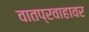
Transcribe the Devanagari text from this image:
वातप्रवाहावर